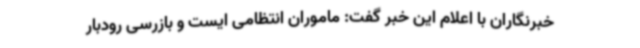
خبرنگاران با اعلام این خبر گفت: ماموران انتظامی ایست و بازرسی رودبار